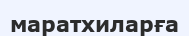
маратхиларға